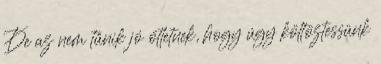
De az nem tűnik jó ötletnek, hogy úgy költöztessünk